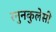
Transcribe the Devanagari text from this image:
रनुनकुलेसी